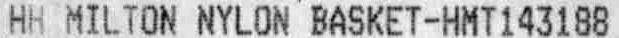
HH MILTON NYLON BASKET-HMT143188